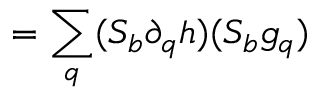
= \sum _ { q } ( { \cal S } _ { b } \partial _ { q } h ) ( { \cal S } _ { b } g _ { q } )